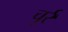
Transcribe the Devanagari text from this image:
चुर्र